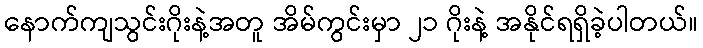
နောက်ကျသွင်းဂိုးနဲ့အတူ အိမ်ကွင်းမှာ ၂၁ ဂိုးနဲ့ အနိုင်ရရှိခဲ့ပါတယ်။